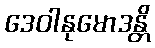
ဒေဝါနုမောဒန္တိ